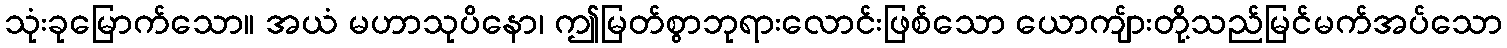
သုံးခုမြောက်သော။ အယံ မဟာသုပိနော၊ ဤမြတ်စွာဘုရားလောင်းဖြစ်သော ယောကျ်ားတို့သည်မြင်မက်အပ်သော